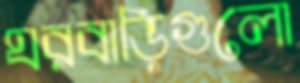
ঘরবাড়িগুলো